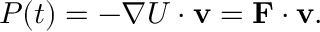
P ( t ) = - \nabla U \cdot \mathbf { v } = \mathbf { F } \cdot \mathbf { v } .